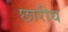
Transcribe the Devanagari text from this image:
छारीय